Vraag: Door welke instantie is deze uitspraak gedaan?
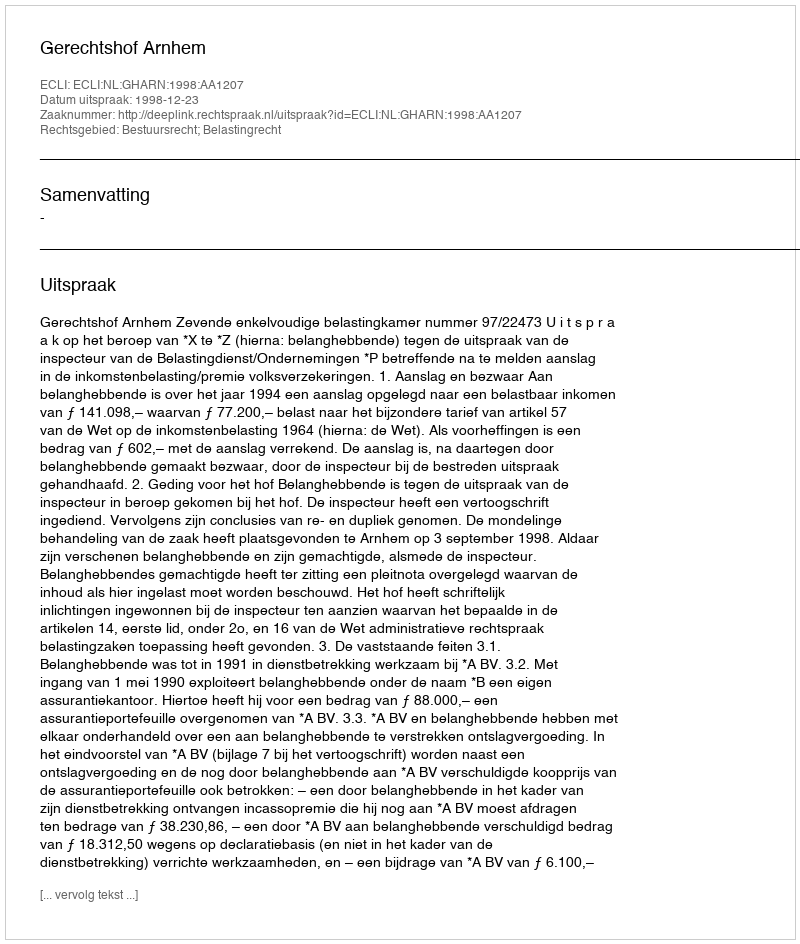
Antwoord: Gerechtshof Arnhem